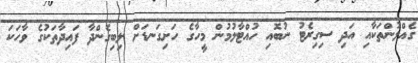
ގެއްލުންތަކާއި އަދި ސިގިރެޓު ނުބޮއި ހުއްޓާލުމުން މީހާގެ ހަށިގަނޑަށް ލިބިގެންދާ ފައިދާތަކުގެ ވާހަކަ